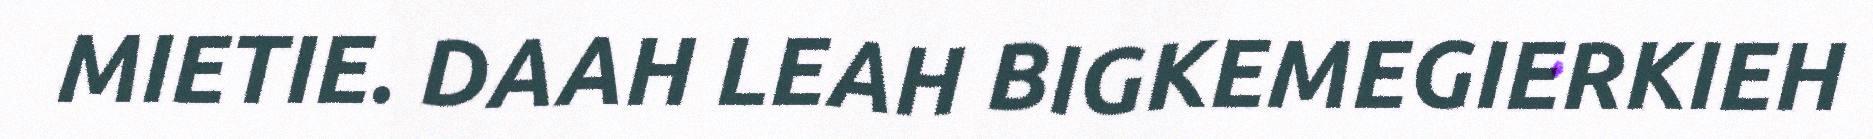
MIETIE. DAAH LEAH BIGKEMEGIERKIEH